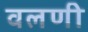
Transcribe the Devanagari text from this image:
वलणी